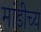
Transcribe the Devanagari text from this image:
मांडीच्य